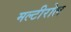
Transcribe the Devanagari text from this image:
मल्टीरोल